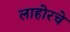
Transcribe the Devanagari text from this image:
लाहोरचे